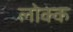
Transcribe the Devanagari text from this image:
लोक्क